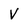
Character: v